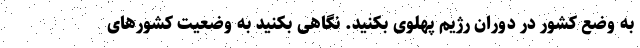
به وضع کشور در دوران رژیم پهلوی بکنید. نگاهی بکنید به وضعیت کشور‌های